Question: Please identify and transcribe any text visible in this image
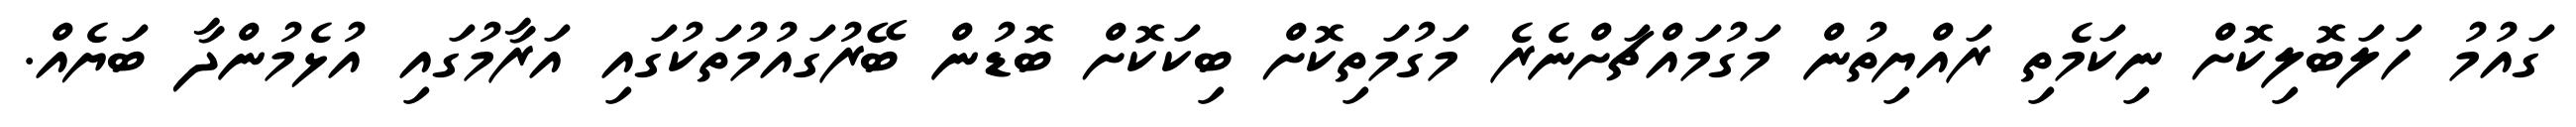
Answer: ގައުމު ހަލަބޮލިކޮށް ނިކަމެތި ރައްޔިތުން މަގުމައްޗަށްނެރެ މަގުމަތިކޮށް ބިކަކޮށް ބޮޑުން ބޭރުގައުމުތަކުގައި އަރާމުގައި އުޅެމުންދާ ބަޔެއް.